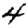
Digit: 4